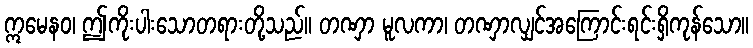
ဣမေနဝ၊ ဤကိုးပါးသောတရားတို့သည်။ တဏှာ မူလကာ၊ တဏှာလျှင်အကြောင်းရင်းရှိကုန်သော။